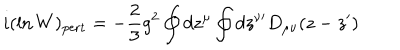
LaTeX: i ( \ln W ) _ { \mathrm { p e r t } } = - { \frac { 2 } { 3 } } g ^ { 2 } \oint d z ^ { \mu } \oint d z ^ { \nu \prime } D _ { \mu \nu } ( z - z ^ { \prime } )